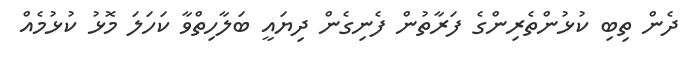
ދެން ތިބި ކުޅުންތެރިންގެ ފަރާތުން ފެނިގެން ދިޔައީ ބަލާހިތްވާ ކަހަލަ މޮޅު ކުޅުމެއް